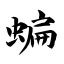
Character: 蝙